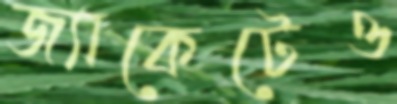
জ্যাকেটেও